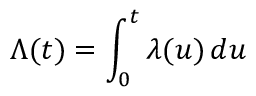
\Lambda ( t ) = \int _ { 0 } ^ { t } \lambda ( u ) \, d u